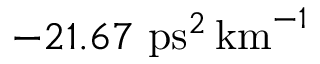
- 2 1 . 6 7 ~ \mathrm { p s } ^ { 2 } \, \mathrm { k m } ^ { - 1 }